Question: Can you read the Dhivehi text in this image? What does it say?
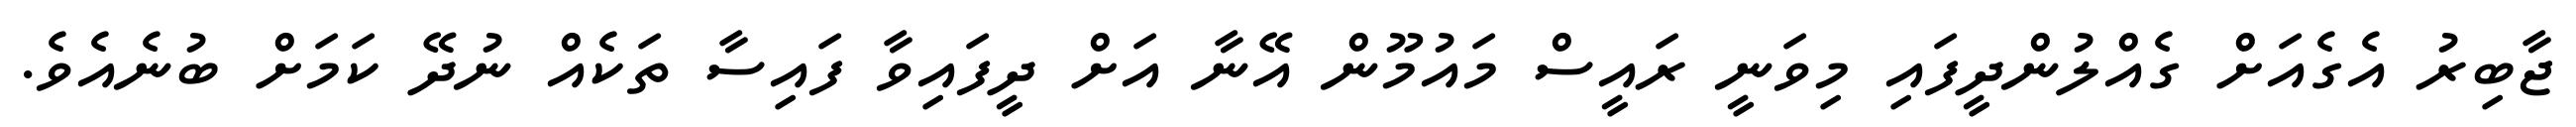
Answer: ޖާބިރު އެގެއަށް ގެއްލުންދީފައި މިވަނީ ރައީސް މައުމޫން އޭނާ އަށް ދީފައިވާ ފައިސާ ތަކެއް ނުދޭ ކަމަށް ބުނެއެވެ.